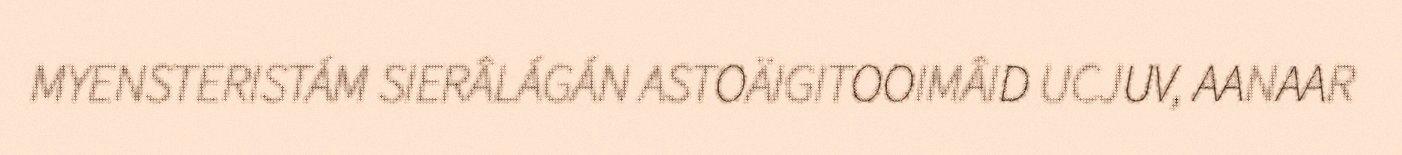
MYENSTERISTÁM SIERÂLÁGÁN ASTOÄIGITOOIMÂID UCJUV, AANAAR